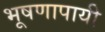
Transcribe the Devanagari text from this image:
भूषणापायी